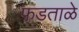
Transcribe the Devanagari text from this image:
फडताळे